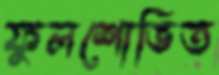
ফুলশোভিত